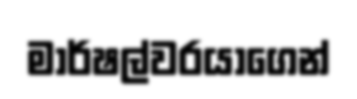
මාර්ෂල්වරයාගෙන්